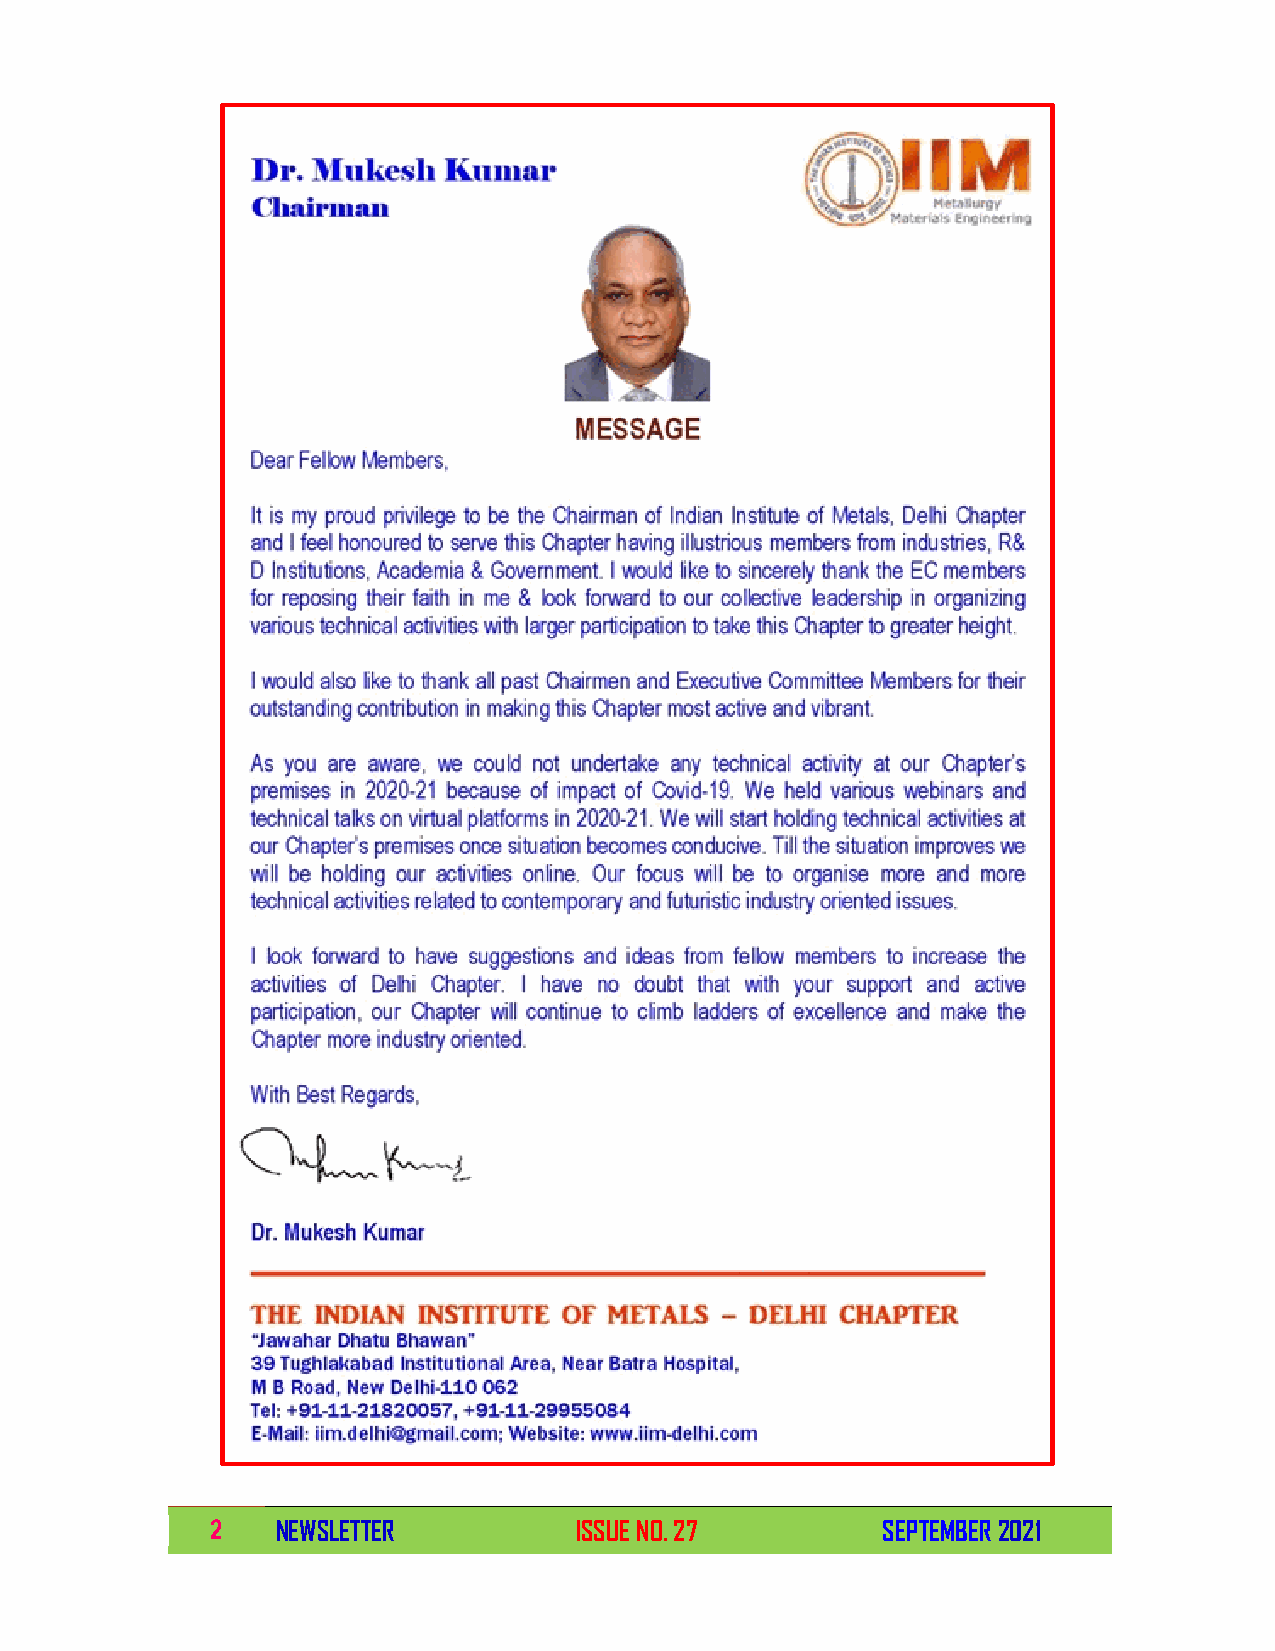
2   NEWSLETTER          ISSUE NO. 27        SEPTEMBER 2021